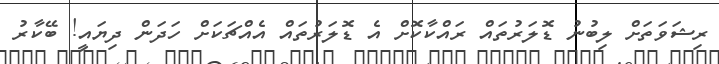
ރިޝަވަތަށް ލިބުނު ޑޮލަރުތައް ރައްކާކޮށް އެ ޑޮލަރުތައް އެއްޗަކަށް ހަދަން ދިޔައީ! ބޭކާރު